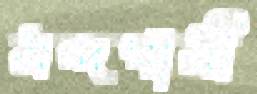
মন্দগামী